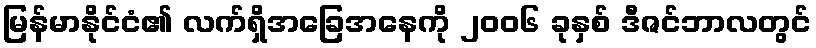
မြန်မာနိုင်ငံ၏ လက်ရှိအခြေအနေကို ၂၀၀၆ ခုနှစ် ဒီဇင်ဘာလတွင်